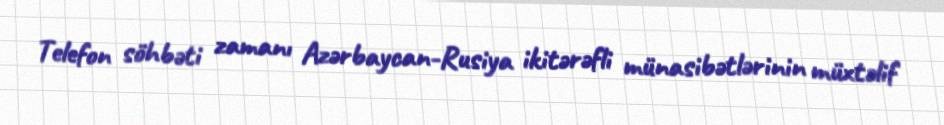
Telefon söhbəti zamanı Azərbaycan-Rusiya ikitərəfli münasibətlərinin müxtəlif